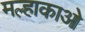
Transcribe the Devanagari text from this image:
मल्हाकाओ